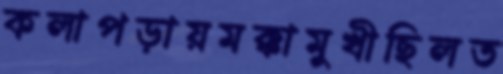
কলাপড়ায়মক্কামুখীছিলত